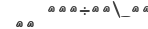
٣٢